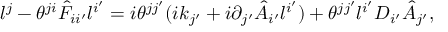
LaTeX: l ^ { j } - \theta ^ { j i } \hat { F } _ { i i ^ { \prime } } l ^ { i ^ { \prime } } = i \theta ^ { j j ^ { \prime } } ( i k _ { j ^ { \prime } } + i \partial _ { j ^ { \prime } } \hat { A } _ { i ^ { \prime } } l ^ { i ^ { \prime } } ) + \theta ^ { j j ^ { \prime } } l ^ { i ^ { \prime } } D _ { i ^ { \prime } } \hat { A } _ { j ^ { \prime } } ,